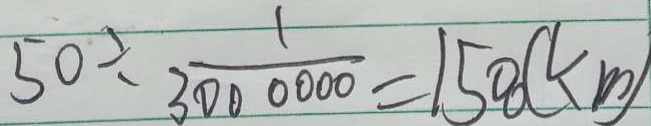
5 0 \div \frac { 1 } { 3 0 0 0 0 0 0 } = 1 5 0 0 ( k m )